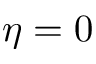
\eta = 0